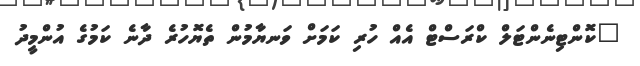
"ކޮންޓިނެންޓަލް ކްރަސްޓް އެއް ހުރި ކަމަށް ވަނޔާމުން ތެޔޮހުރެ ދާނެ ކަމުގެ އުންމީދު